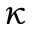
\kappa